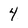
Character: 4